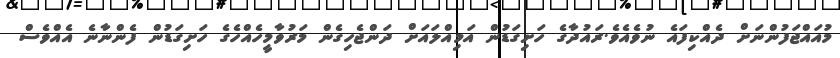
މުއައްޖަފުންނަށް ދެއްކިފައެ ނުވެއެވެ.ރައުދާގެ ހަށިގަޑުން އަމިއްލައަށް ދަންޖެހިގެން މަރުވާމީހެއްހެގެ ހަށިގަޑުން ފެންނާނެ އެއްވެސް